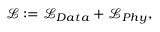
\begin{array} { r } { \mathcal { L } : = \mathcal { L } _ { D a t a } + \mathcal { L } _ { P h y } , } \end{array}